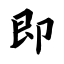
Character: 即